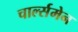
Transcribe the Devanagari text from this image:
चार्ल्समेन